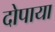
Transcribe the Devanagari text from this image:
दोपाया